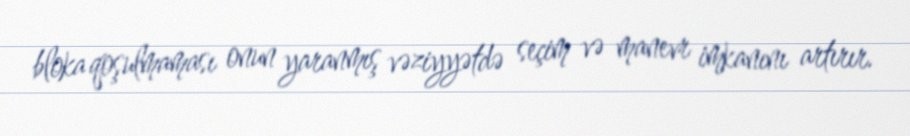
bloka qoşulmaması onun yaranmış vəziyyətdə seçim və manevr imkanını artırır.